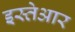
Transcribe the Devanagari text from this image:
इस्तेआर